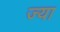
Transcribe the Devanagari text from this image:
ज्‍या